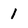
Character: I